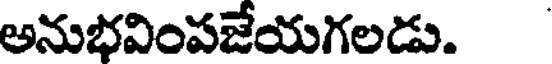
అనుభవింపజేయగలడు.